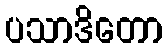
ပသာဒိတော